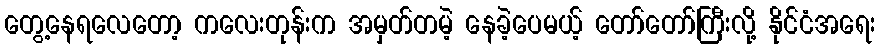
တွေ့နေရလေတော့ ကလေးတုန်းက အမှတ်တမဲ့ နေခဲ့ပေမယ့် တော်တော်ကြီးလို့ နိုင်ငံအရေး